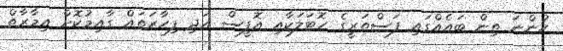
ހުންނަ ތިން ބައެެއްގައި ފަސްތަރީގެ ހޮޓަލަކާއި އޮފީސް އަދި ފިހާރަތައް ގާއިމުކޮށް އިމާރާތް